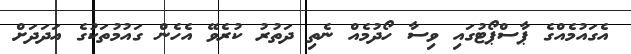
އެގައުމެއްގެ ޕާސްޕޯޓުގައި ވިސާ ހޯދުމެއް ނެތި ދަތުރު ކުރެވޭ އެހެން ގައުމުތަކުގެ އަދަދަށް